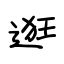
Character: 逛